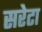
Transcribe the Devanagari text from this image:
सरेटा